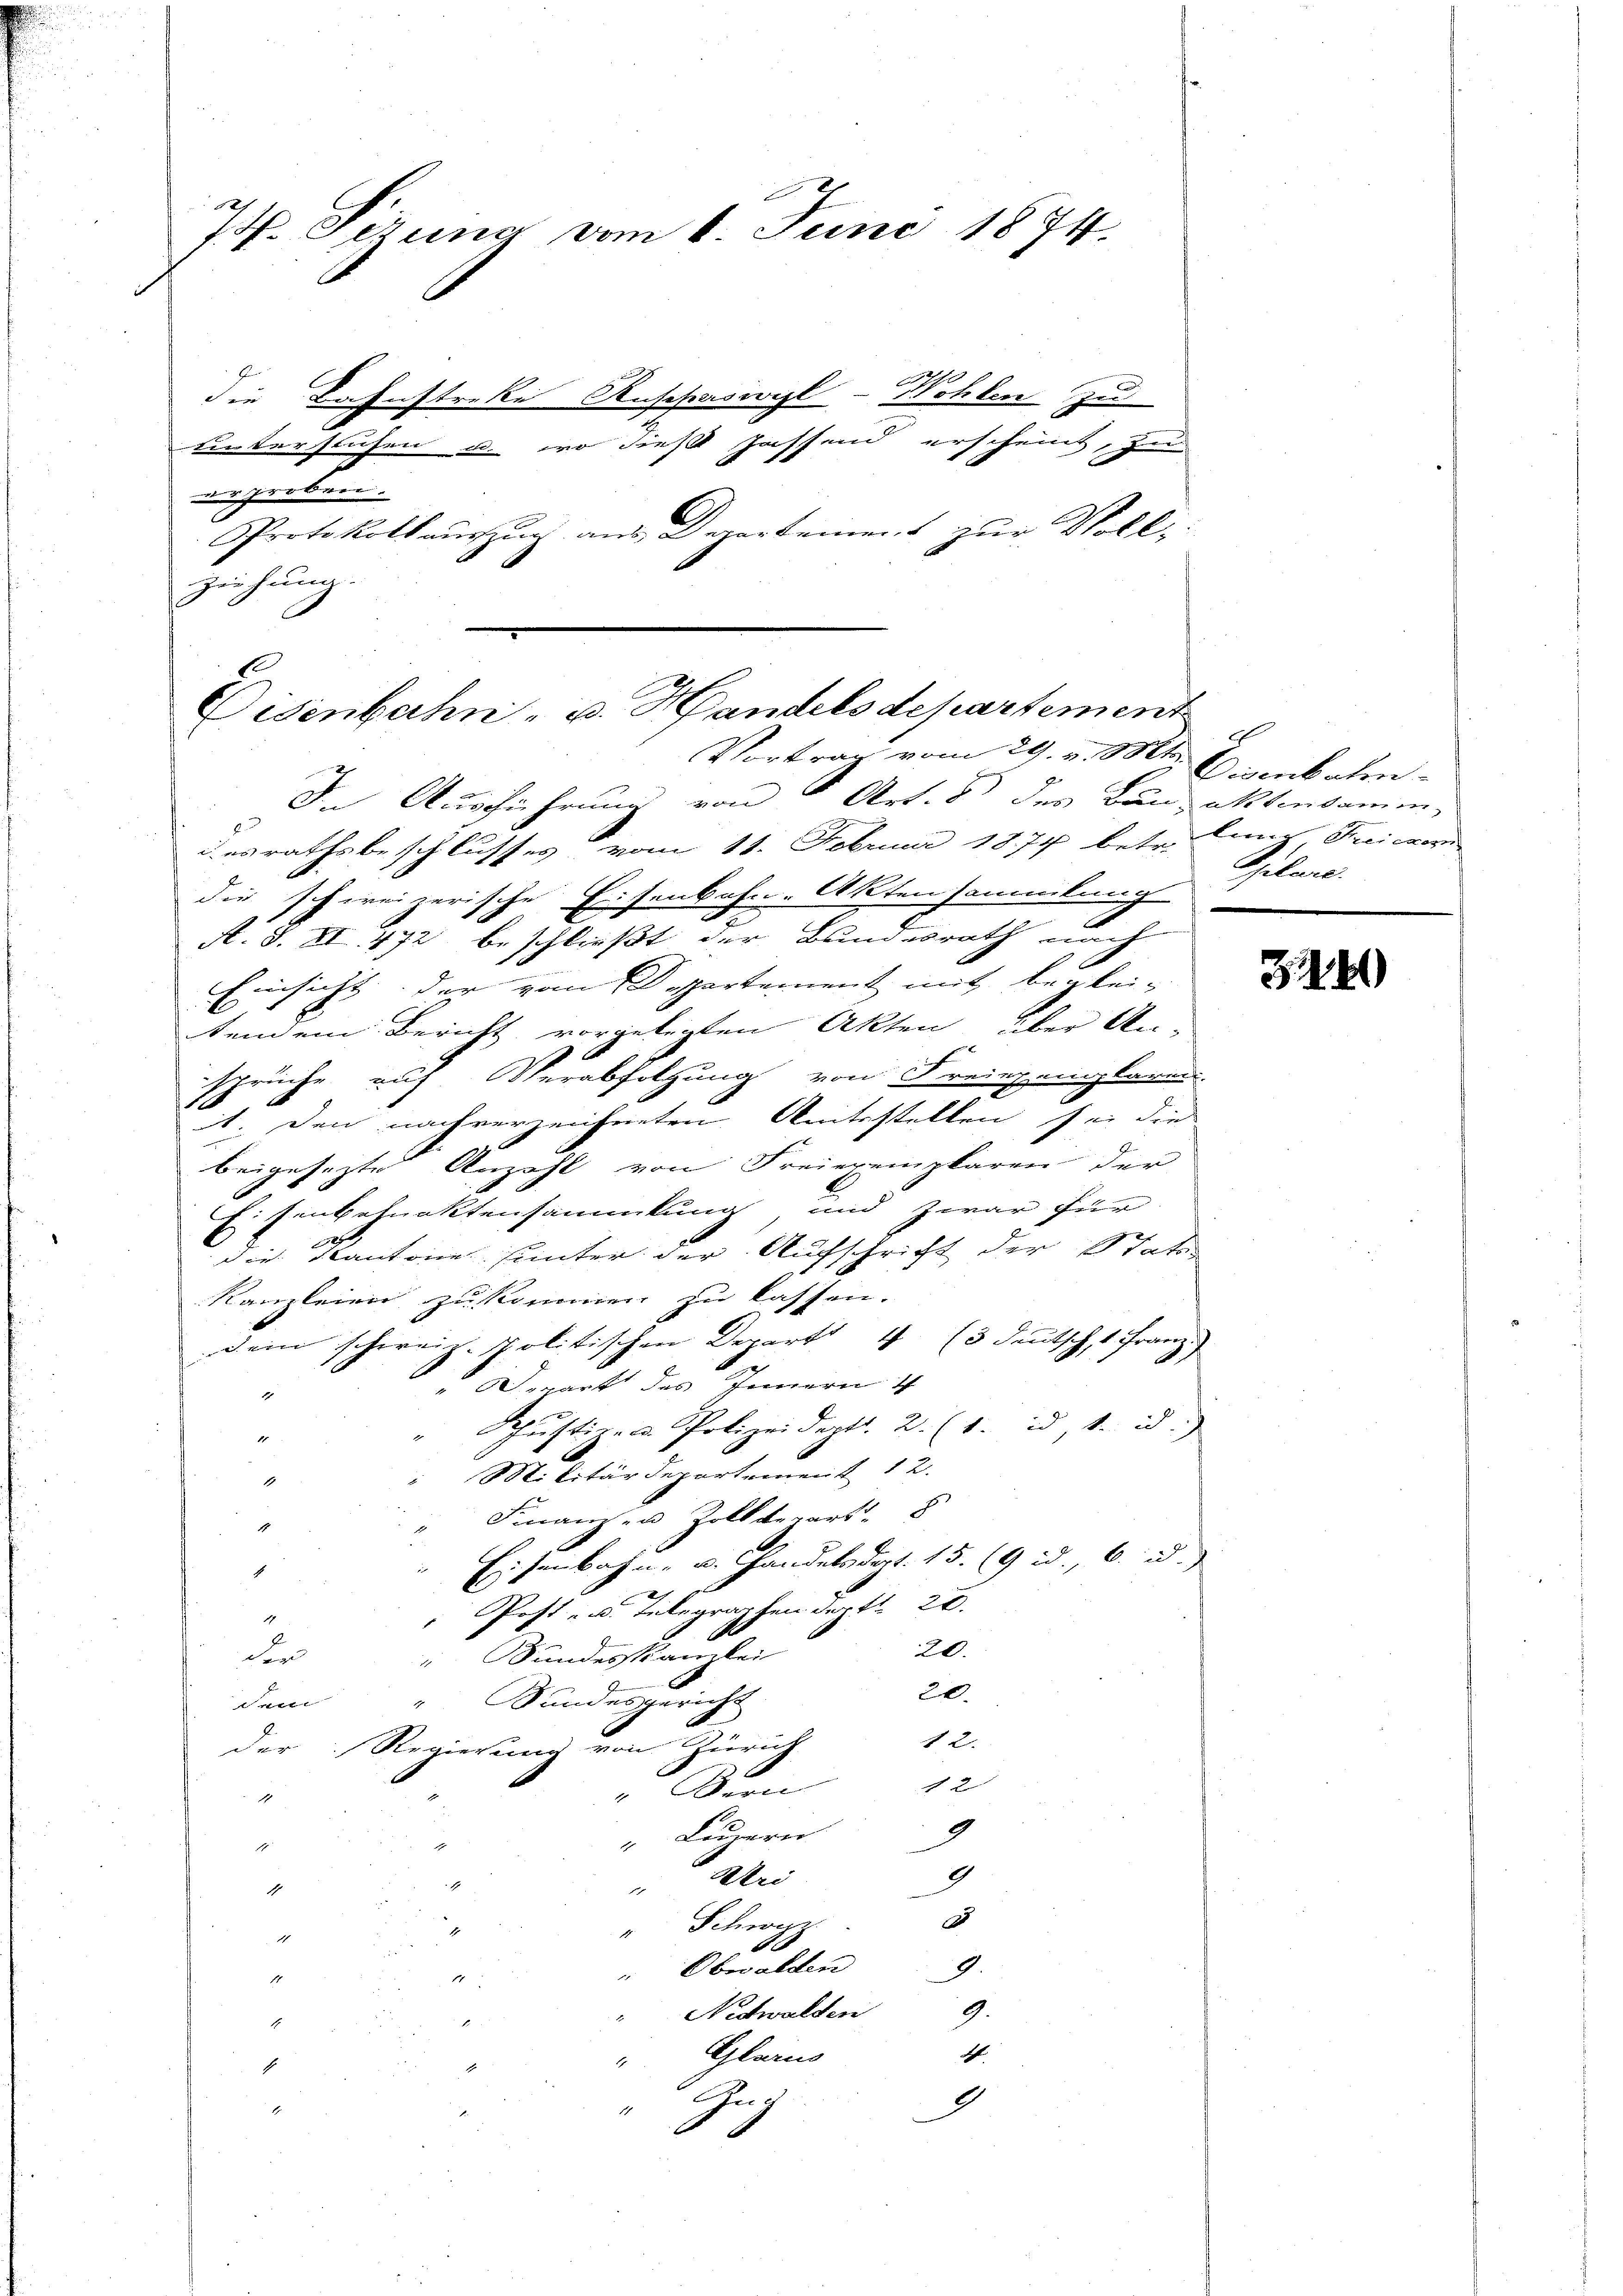
7. Gerung vom 6. Juni 1874.
die Bahnstreke Ruschaswyl-Wohlen zu

hinterstühen u. wo diest passend erscheint, zu
nd probiren.
Protokoll aussen an Departement zur Voll-
ziehung.

2
Eisenbahn- u. Handels departement
Vortrag vom 29. v. Mts.

In Ausführung von Art. 8 des Bau-Aktensamen
desrathsbeschlusses vom 11. Februar 1874 betr. Eins Streichen
die schweizerische Eisenbahn-Aktensammlung
A. S. II 472 beschließt der Bundesrath nach
Einsicht der vom Departement mit begleitendem Bericht vorgelegten Akten über An-
sprüche auf Verabfolgung von Freiexemplaren
1. Den nachverzeichneten Amtsstellen sei die
beigesetzte Anzahl von Freiexemplaren der
Eisenbefunktensammlung und zwar für
die Kantone unter der Aufschrift der Stats
kanzleien zu kommen zu lassen.
Dein schweiz. Politischen Depart 4 (3 Deutsch, 1 Franz
Depart des Innern 4
4
chŭstiz- u. Polizeidert. 2. (1. u 1. u.
1
Militärdepartement 12.
1
Finanzen Zolldepart. 8
.
Eisenbahn- u. Handelsdept. 15. (9 d. 6. d.
1
Post- u. Telegraphen der fl. 20.
d
20.
den
 Bundesstanzlei
20.
" Wandesgericht
Weil
12.
der Regierung von Zürich
12
Bern
1
“ Luzern
9
a
Uri
9
1

c
" Schwyzz
1
" Obwalden
9.
1
9.
Nidwalden
1
1.
Glarus
1
Zuc
9
1
E

Eisenbahn
Philane.

324